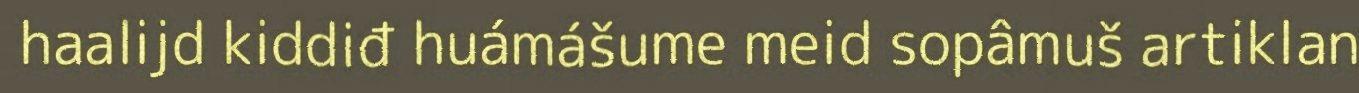
haalijd kiddiđ huámášume meid sopâmuš artiklan